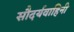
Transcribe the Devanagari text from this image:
सौदर्यवाहिनी